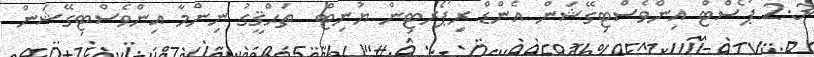
2.3 ޕޯސްޓް އިންވެސްޓިގޭޝަން އެންޑް ރިޕޯރޓިން ޔުނިޓް  ތަޙްޤީގު ނިންމާ އިންވެސްޓިގޭޝަން